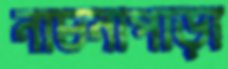
নাচনাপাড়া